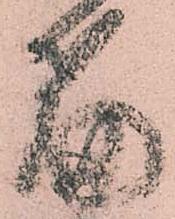
篇